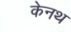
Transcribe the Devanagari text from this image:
केनथ